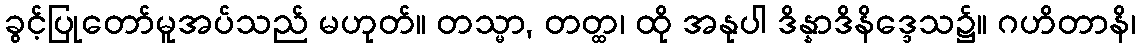
ခွင့်ပြုတော်မူအပ်သည် မဟုတ်။ တသ္မာ, တတ္ထ၊ ထို အနုပါ ဒိန္နာဒိနိဒ္ဒေသ၌။ ဂဟိတာနိ၊